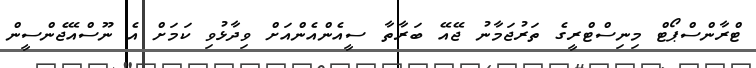
ޓްރާންސްޕޯޓް މިނިސްޓްރީގެ ތަރުޖަމާނު ޖޭއޭ ބަރާތާ ސީއެންއެންއަށް ވިދާޅުވި ކަމަށް އެ ނޫސްއޭޖެންސީން